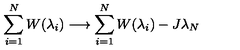
\sum _ { i = 1 } ^ { N } W ( \lambda _ { i } ) \longrightarrow \sum _ { i = 1 } ^ { N } W ( \lambda _ { i } ) - J \lambda _ { N }